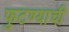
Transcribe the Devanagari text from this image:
फुटण्याची